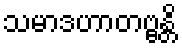
သမာဒဟာတဗ္ဗန္တိ